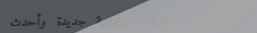
أدوات رياضية جديدة وأحدث